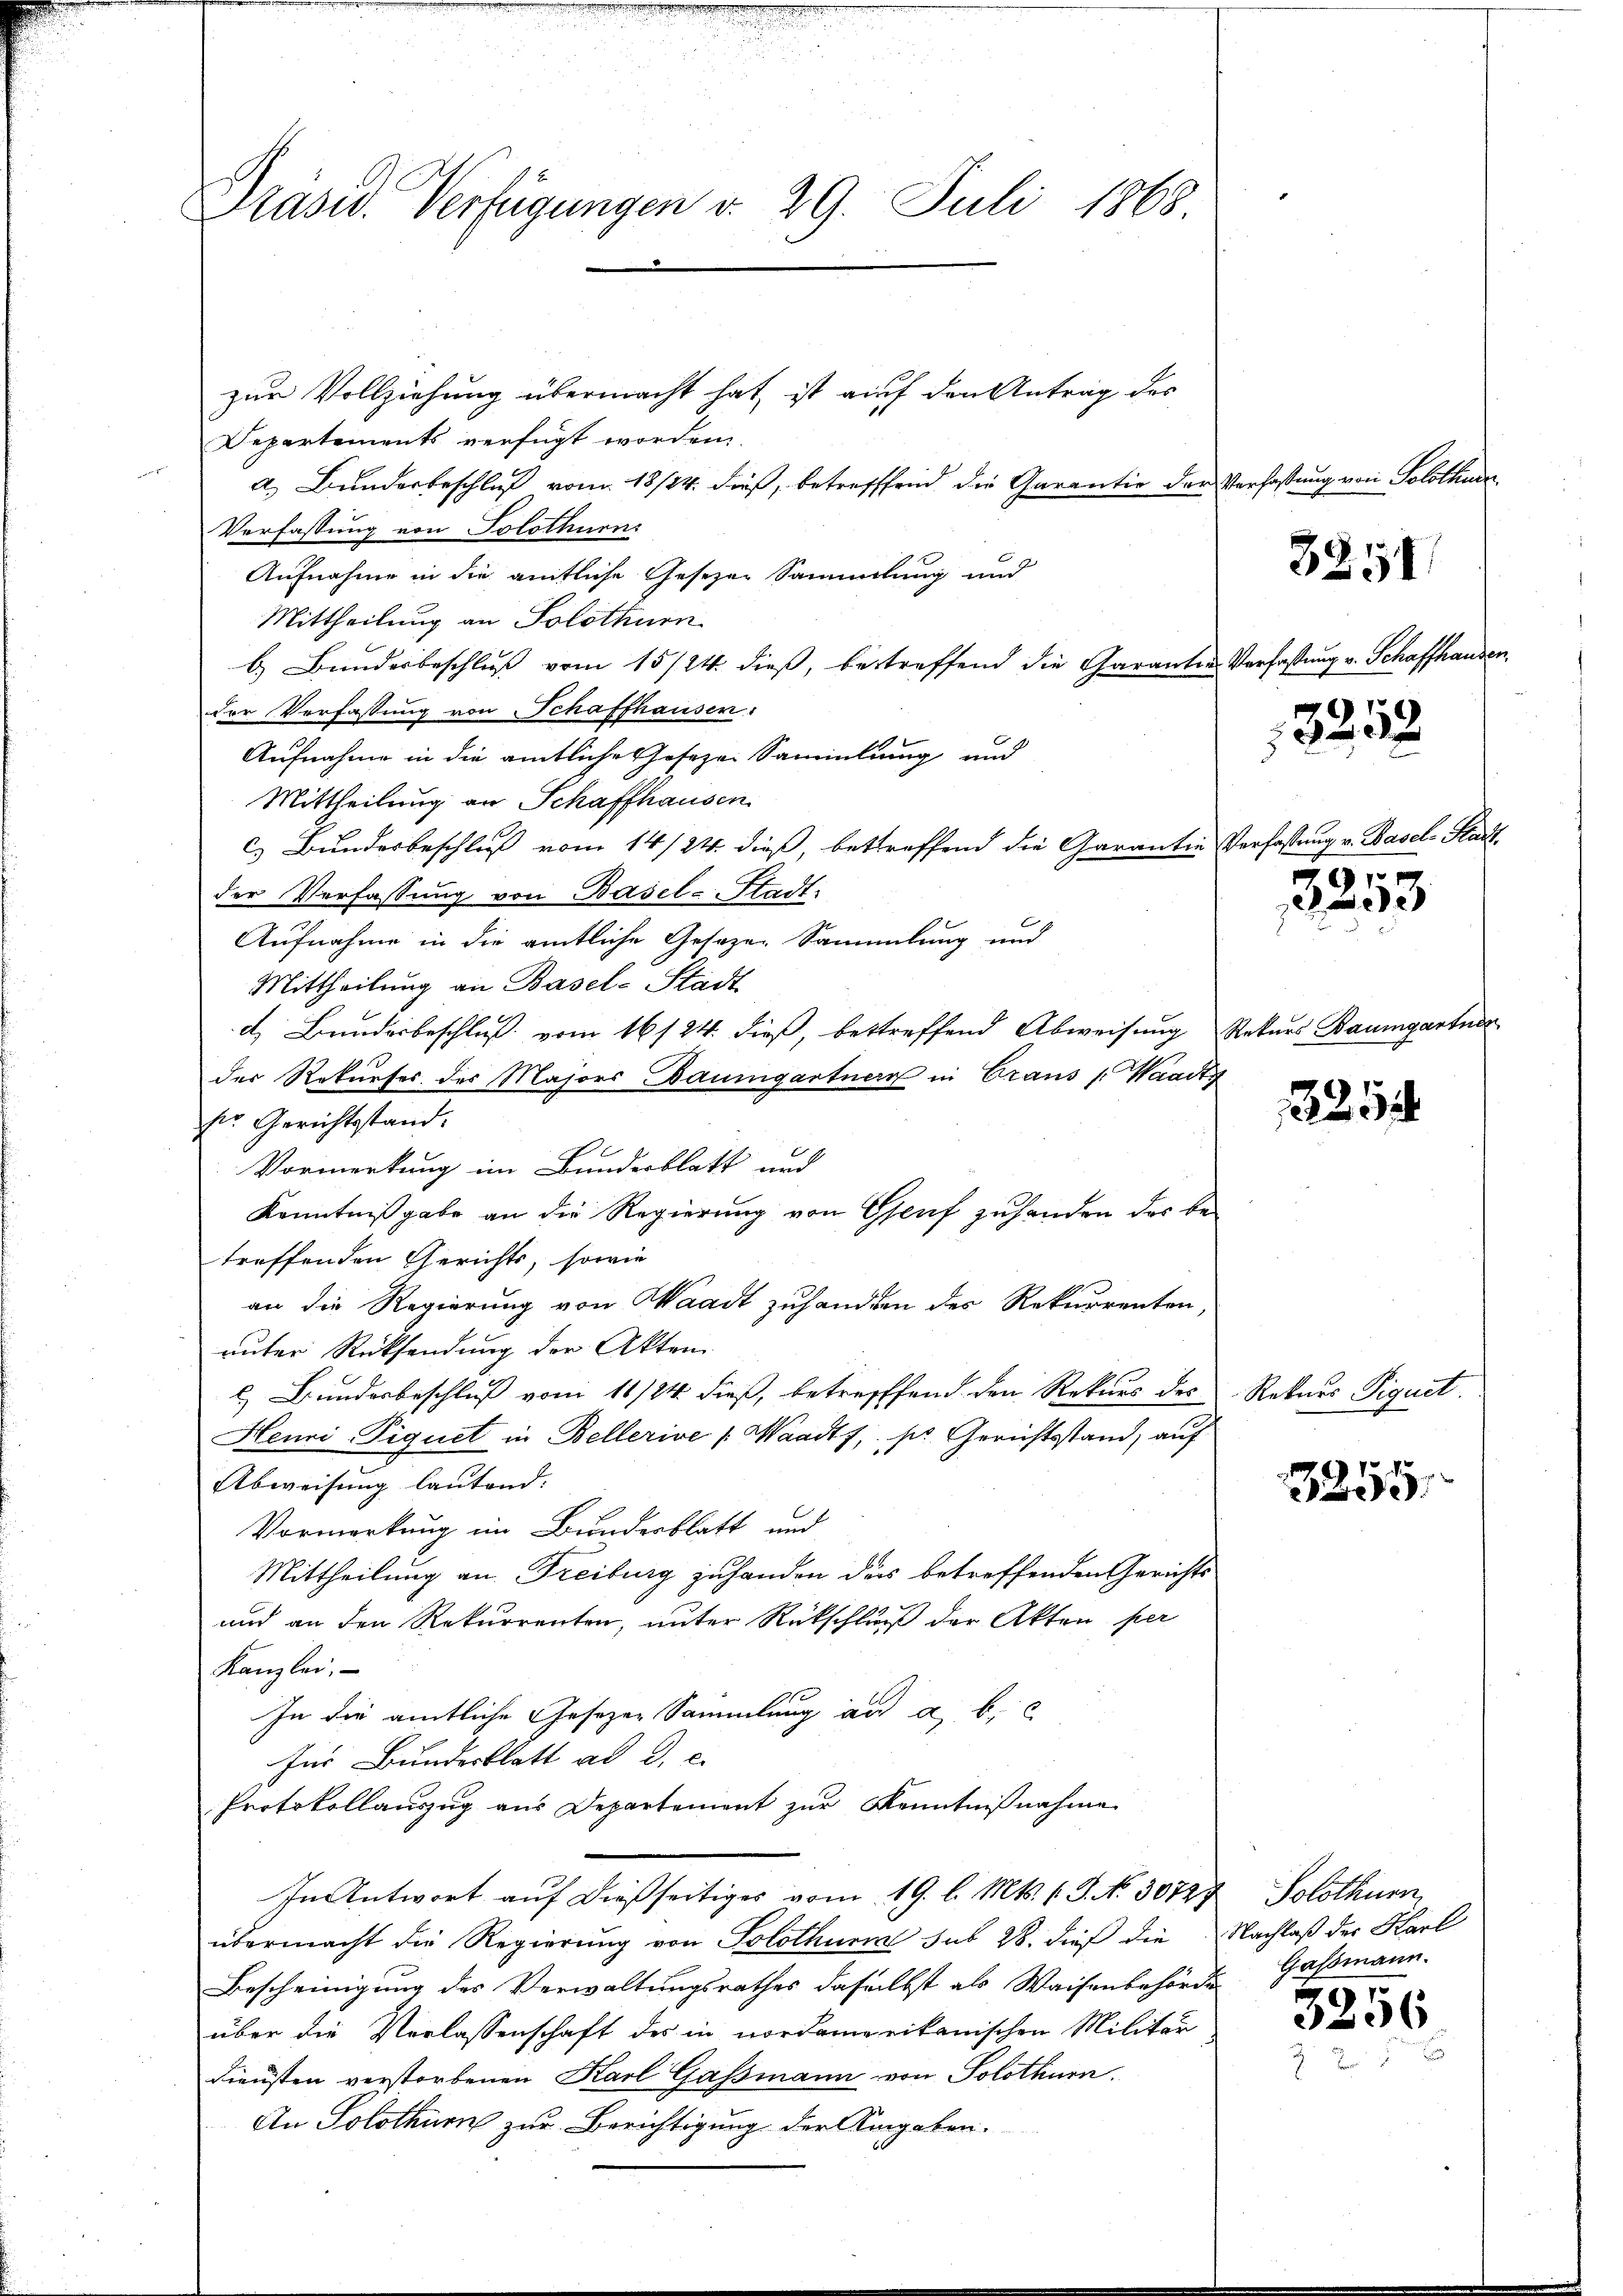
Präser. Verfügungen v. 29. Juli 1868.

zur Vollziehung übermacht hat, ist auf den Antrag des
Departements verfügt worden.
a. Bunderbeschluß vom 18/14. dieß, betreffend die Garantie der Verfaßung von Solothurn
Verfassung von Solothurn
Aufnahme in die amtliche Gesezen Sammlung und
Mittheilung an Solothurn
b. Bundesbeschluß vom 15/24. dieß, betreffend die Garanten
Der Verfassung von Schaffhausen:
Aufnahme in die amtliche Joseze Sammlung und
Mittheilung an Schaffhausen.
cs Bundesbeschluß vom 14/24. dieß, betreffend die Garanties
der Verfassung von Basel-Stadt-
Aufnahme in die amtliche Gesezen Sammlung und
Mittheilung an Basel-Stadt
d. Bunderbeschluß vom 16/24. dieß, bestreffend Abweisung Rekurs Baumgartner
der Rekurses des Majors Baumgartner in Graus (Waadt
ser Gerichtstand.
Vormerkung im Bundesblatt und
Kenntnißgabe an die Regierung von Genf zuhanden der be-
treffenden Gerichts, sowie
an die Regierung von Waadt zuhanden des Rekurrenten,
unter Rücksendung der Akten
l. Bundesbeschluß vom 11/24. dieß, betreffend den Rekurs des
Henri-Piquet in Bellerive Waadt, pr. Gerichtsstand, auf
Abweisung lautend.
Vormerkung im Bundesblatt und
Mittheilung an Freiburg zu handen das betreffenden Gerichts
und an den Rekurrenten, unter Rückschluß der Akten per
Kanzlei.
In die amtliche Gesezen Sammlung an a. b.
für Bundesblatt ad d. e.
Protokollaŭszŭg aŭs Departement zŭr Kenntniβnahme
In Antwort auf dießseitiges vom 19. l. Mts. v. J. No. 30727, Solothurn,
übermacht die Regierung von Solothur sub 28. dieß die Nachlaß der Karl
Bescheinigung des Verwaltungsrathes daselbst als Waisenbehörde
über die Verlassenschaft des in nordamerikanischen Militär
diensten verstorbenen Karl Gassmann von Solothurn.
An Solothurn zur Berichtigung der Angaben.

3251

Verfassung v. Schaffhausen,

13252

Verfassung v. Basel-Stadt.

2253

25

Rekurs Piquet.

3255

Gassmann.
51

6